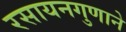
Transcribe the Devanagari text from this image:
रसायनगुणाने